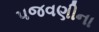
પજવણીના